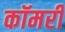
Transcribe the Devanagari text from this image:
कॉमरी